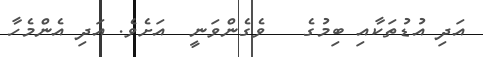
އަދި އުޑުތަކާއި ބިމުގެ   ވެގެންވަނީ  އަށެވެ. އަދި އެންމެހާ